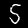
Digit: 5